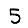
Digit: 5